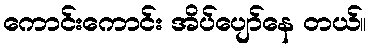
ကောင်းကောင်း အိပ်ပျော်နေ တယ်။